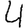
Digit: 4